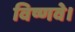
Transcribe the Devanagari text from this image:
विष्णवे।